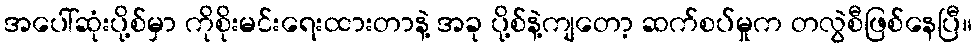
အပေါ်ဆုံးပို့စ်မှာ ကိုစိုးမင်းရေးထားတာနဲ့ အခု ပို့စ်နဲ့ကျတော့ ဆက်စပ်မှုက တလွဲစီဖြစ်နေပြီ။